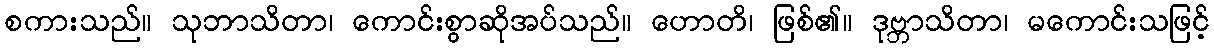
စကားသည်။ သုဘာသိတာ၊ ကောင်းစွာဆိုအပ်သည်။ ဟောတိ၊ ဖြစ်၏။ ဒုဗ္ဘာသိတာ၊ မကောင်းသဖြင့်